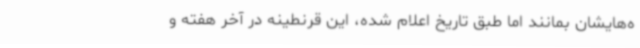
ه‌هایشان بمانند اما طبق تاریخ اعلام شده، این قرنطینه در آخر هفته و